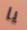
يا